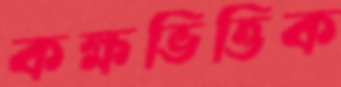
কক্ষভিত্তিক